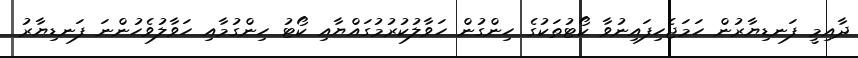
ދާއިމީ ފަނޑިޔާރުން ހަމަޖެހިފައިނުވާ ކޯޓުތަކުގެ ހިންގުން ހަވާލުކުރުމުގައްޔާއި ކޯޓު ހިންގުމާއި ހަވާލުވެހުންނަ ފަނޑިޔާރު